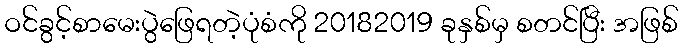
ဝင်ခွင့်စာမေးပွဲဖြေရတဲ့ပုံစံကို 20182019 ခုနှစ်မှ စတင်ပြီး အဖြစ်